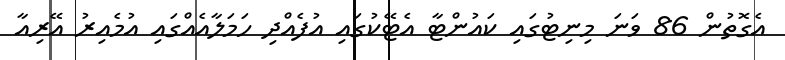
އެގޮތުން 86 ވަނަ މިނިޓުގައި ކައުންޓާ އެޓޭކުގައި އުފެއްދި ހަމަލާއެއްގައި އުމެއިރު އޭރިއާ